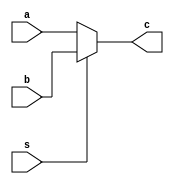
// This program was cloned from: https://github.com/theuppercaseguy/FYP--Risc-V-32-bit-Matrix-Mac
// License: GNU General Public License v3.0

`timescale 1ns / 1ps
//////////////////////////////////////////////////////////////////////////////////
// Company: 
// Engineer: 
// 
// Design Name: 
// Module Name: MUX_2_by_1
// Project Name: 
// Target Devices: 
// Tool Versions: 
// Description: 
// 
// Dependencies: 
// 
// Revision:
// Revision 0.01 - File Created
// Additional Comments:
// 
//////////////////////////////////////////////////////////////////////////////////


module MUX_2_by_1(
    input [31:0] a,b,
    input s,
    output [31:0] c
);
    
    assign c = (~s) ? a : b;
    //s = 0 => c = a
    //s = 1 => c = b;



endmodule